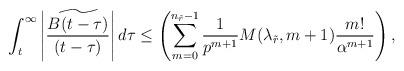
LaTeX: \begin{align*} \int_{t}^{\infty}\left| \frac{\widetilde{B(t-\tau)}}{(t-\tau)}\right| d\tau\leq \left( \sum_{m=0}^{n_{\tilde{r}} -1} \frac{1}{p^{m+1}} M(\lambda_{\tilde{r}},m+1) \frac{m!}{\alpha^{m+1}}\right),\end{align*}